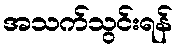
အသက်သွင်းရန်